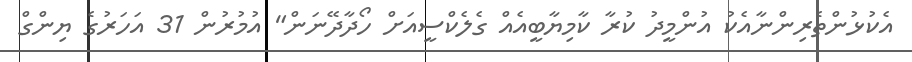
އެކުޅުންތެރިންނާއެކު އުންމީދު ކުރާ ކާމިޔާބީއެއް ގެލެކްސީއަށް ހޯދާދޭނަން" އުމުރުން 31 އަހަރުގެ ޔިންގް